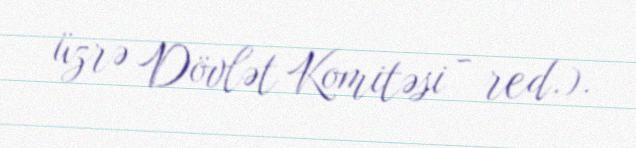
üzrə Dövlət Komitəsi - red.).